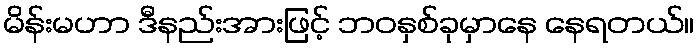
မိန်းမဟာ ဒီနည်းအားဖြင့် ဘဝနှစ်ခုမှာနေ နေရတယ်။